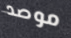
موصد